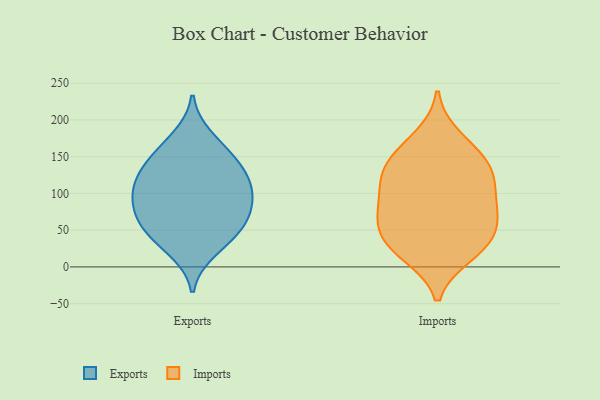
{"axis": {"x": "Temperature (°C)", "y": "Value"}, "legend": ["Exports", "Imports"], "data": [{"x": "", "y": 129, "type": "Exports"}, {"x": "", "y": 56, "type": "Exports"}, {"x": "", "y": 96, "type": "Exports"}, {"x": "", "y": 72, "type": "Exports"}, {"x": "", "y": 116, "type": "Exports"}, {"x": "", "y": 37, "type": "Exports"}, {"x": "", "y": 151, "type": "Exports"}, {"x": "", "y": 177, "type": "Exports"}, {"x": "", "y": 52, "type": "Exports"}, {"x": "", "y": 22, "type": "Exports"}, {"x": "", "y": 94, "type": "Exports"}, {"x": "", "y": 152, "type": "Exports"}, {"x": "", "y": 125, "type": "Exports"}, {"x": "", "y": 100, "type": "Exports"}, {"x": "", "y": 70, "type": "Exports"}, {"x": "", "y": 101, "type": "Imports"}, {"x": "", "y": 176, "type": "Imports"}, {"x": "", "y": 64, "type": "Imports"}, {"x": "", "y": 73, "type": "Imports"}, {"x": "", "y": 21, "type": "Imports"}, {"x": "", "y": 155, "type": "Imports"}, {"x": "", "y": 84, "type": "Imports"}, {"x": "", "y": 128, "type": "Imports"}, {"x": "", "y": 131, "type": "Imports"}, {"x": "", "y": 32, "type": "Imports"}, {"x": "", "y": 143, "type": "Imports"}, {"x": "", "y": 60, "type": "Imports"}, {"x": "", "y": 40, "type": "Imports"}, {"x": "", "y": 114, "type": "Imports"}, {"x": "", "y": 17, "type": "Imports"}]}